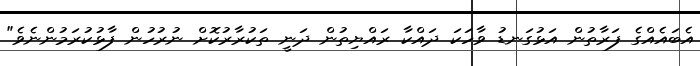
އެބައެއްގެ ފަރާތުން އަޅުގަނޑު ވާހަކަ ދައްކާ ރައްޔިތުން ދަނީ ތަކުރާރުކޮށް ނުރުހުން ފާޅުކުރަމުންނެވެ"